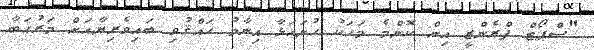
"ސްޕޯޓް ފްރެންޒީ އިން ކޮންމެ މަހަކު ހުށައަޅާ އިނާމު ހައްޤުވި ބައިވެރިޔާއަށް މަރުޙަބާ